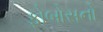
ફોબોસનો